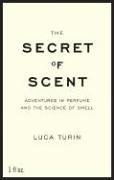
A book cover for The Secret of Scent: Adventures in Perfume and the Science of Smell; Luca Turin; Health, Fitness & Dieting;